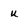
Character: u